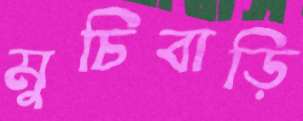
মুচিবাড়ি